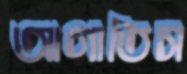
আগাতিস